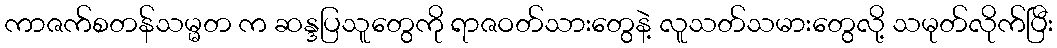
ကာဇက်စတန်သမ္မတ က ဆန္ဒပြသူတွေကို ရာဇဝတ်သားတွေနဲ့ လူသတ်သမားတွေလို့ သမုတ်လိုက်ပြီး